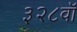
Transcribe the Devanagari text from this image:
३२८वॉ